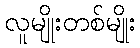
လူမျိုးတစ်မျိုး